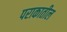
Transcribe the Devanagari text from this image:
पराकातील